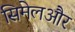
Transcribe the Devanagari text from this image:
सिमेलऔर